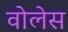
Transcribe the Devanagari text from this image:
वोलेस